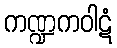
ကဏ္ဍကဝါဋံ